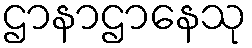
ဌာနာဌာနေသု